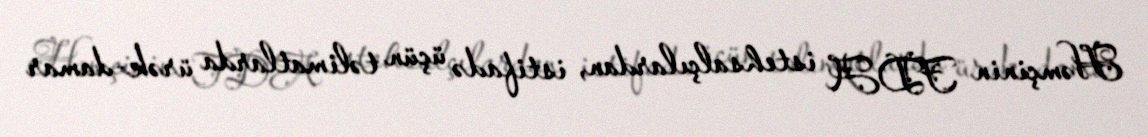
Həmçinin FDA istehsalçılardan, istifadə üçün təlimatlarda ürək-damar